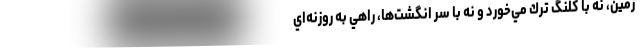
زمين، نه با كلنگ ترك مي‌خورد و نه با سر انگشت‌ها، راهي به روزنه‌اي